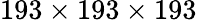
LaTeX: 193\times 193\times 193